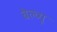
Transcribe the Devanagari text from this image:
बेल्व्यू